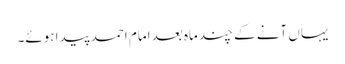
یہاں آنے کے چند ماہ بعد امام احمد پیدا ہوئے۔